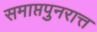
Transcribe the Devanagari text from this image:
समाप्तपुनरात्त